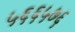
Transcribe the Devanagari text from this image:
५६६५७६